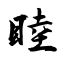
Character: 睦